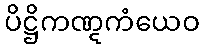
ပိဋ္ဌိကဏ္ဋကံယေဝ